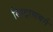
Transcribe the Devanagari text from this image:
स्पिट्रासबर्ग